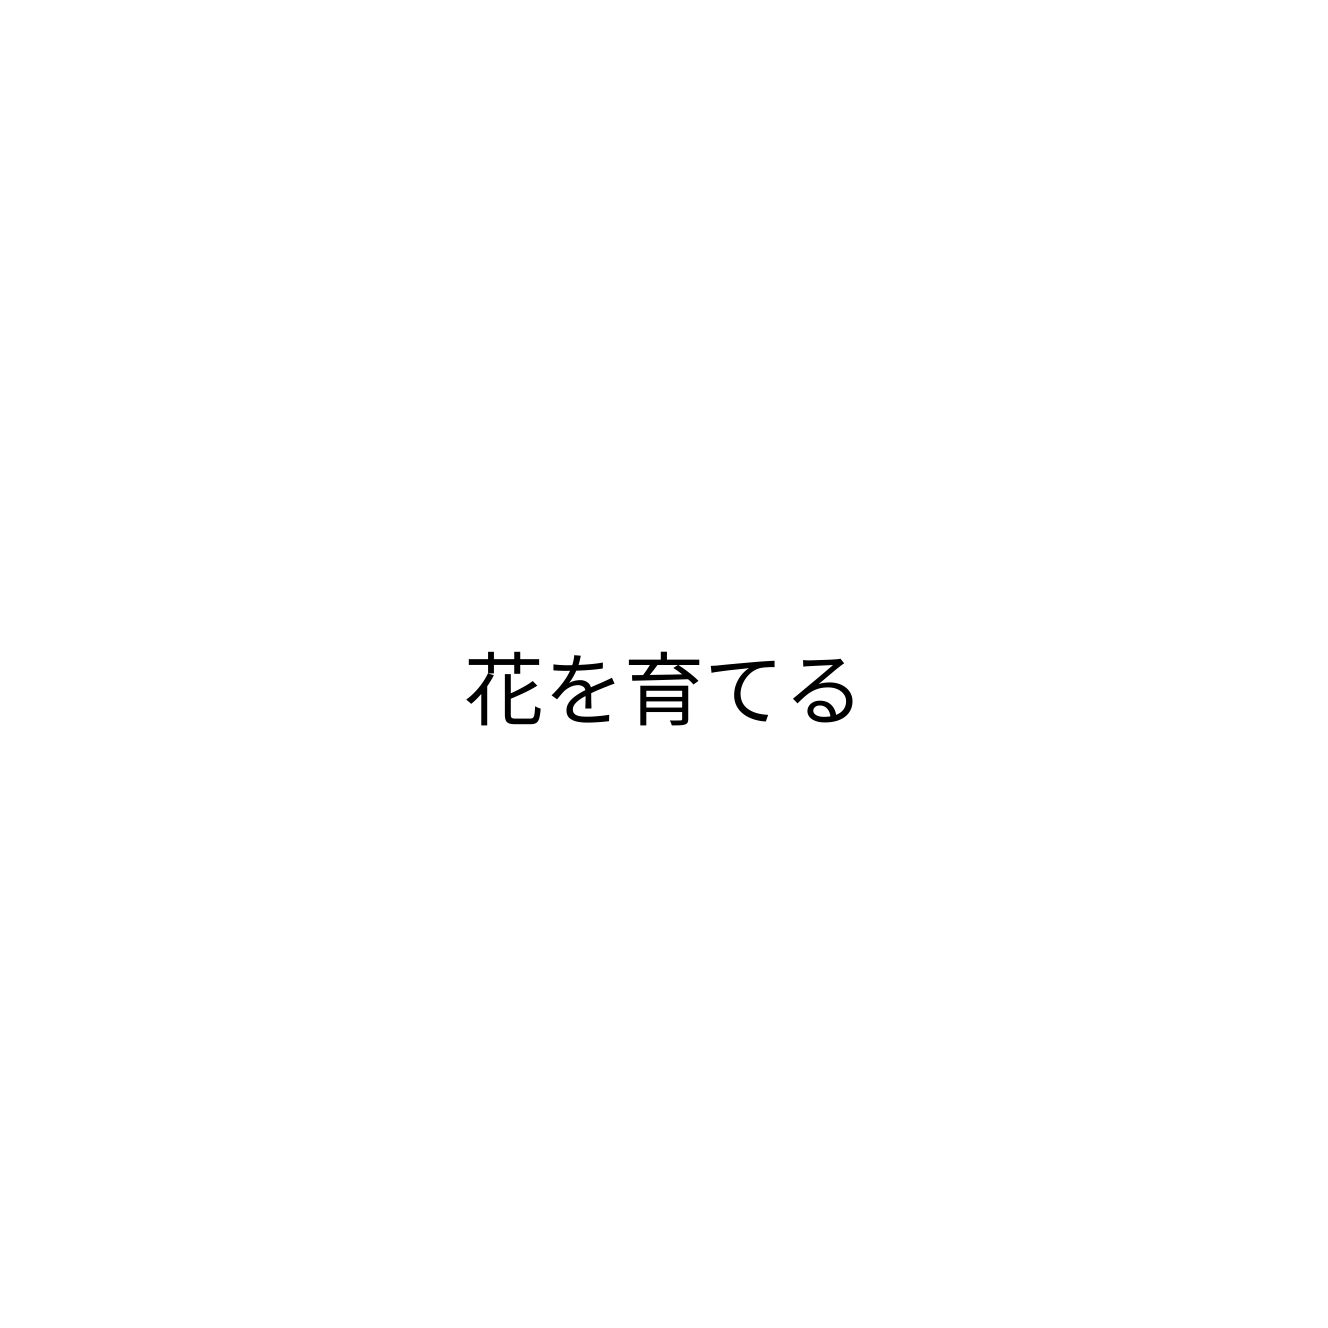
花を育てる